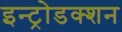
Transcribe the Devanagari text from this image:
इन्ट्रोडक्शन